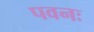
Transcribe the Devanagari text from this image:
पवनः